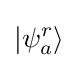
\left|\psi _{a}^{r}\right\rangle